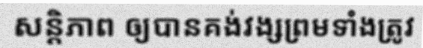
សន្តិភាព ឲ្យបានគង់វង្សព្រមទាំំងត្រូវ